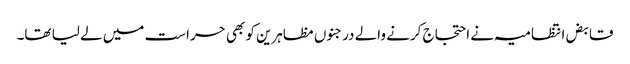
قابض انتظامیہ نے احتجاج کرنے والے درجنوں مظاہرین کو بھی حراست میں لے لیا تھا۔